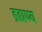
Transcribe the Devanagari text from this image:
ब्रह्मण्य